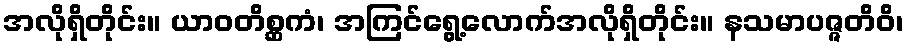
အလိုရှိတိုင်း။ ယာဝတိစ္ဆကံ၊ အကြင်ရွေ့လောက်အလိုရှိတိုင်း။ နသမာပဇ္ဇတိဝိ၊